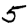
Digit: 5